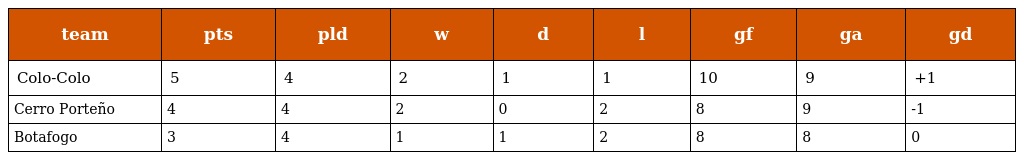
| team | pts | pld | w | d | l | gf | ga | gd |
 | --- | --- | --- | --- | --- | --- | --- | --- | --- |
 | Colo-Colo | 5 | 4 | 2 | 1 | 1 | 10 | 9 | +1 |
 | Cerro Porteño | 4 | 4 | 2 | 0 | 2 | 8 | 9 | -1 |
 | Botafogo | 3 | 4 | 1 | 1 | 2 | 8 | 8 | 0 |